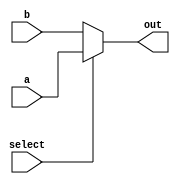
// Chris Kenyon and Brandon Nguyen
// 32 bit 2 to 1 mux

module mux32b2_1 (a, b, select, out);
  input [31:0] a, b;
  input select;
  output reg [31:0] out;
  always @ (a or b or select)
  begin
    if (select == 1)
      out = a;
    else 
      out = b;
  end
endmodule